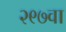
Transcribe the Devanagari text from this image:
२९७वा